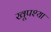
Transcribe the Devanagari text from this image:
खूपश्या